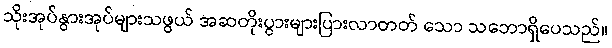
သိုးအုပ်နွားအုပ်များသဖွယ် အဆတိုးပွားများပြားလာတတ် သော သဘောရှိပေသည်။